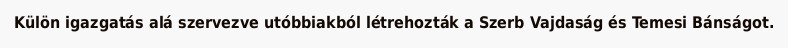
Külön igazgatás alá szervezve utóbbiakból létrehozták a Szerb Vajdaság és Temesi Bánságot.